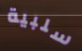
سلبية